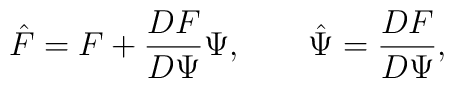
\hat{F} = F + \frac{DF}{D\Psi} \Psi,\;\;\;\;\;\;\;\hat{\Psi} = \frac{DF}{D\Psi},